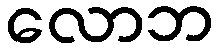
လောဘ